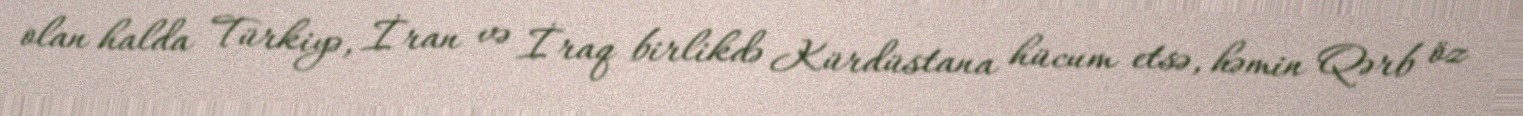
olan halda Türkiyə, İran və İraq birlikdə Kürdüstana hücum etsə, həmin Qərb öz